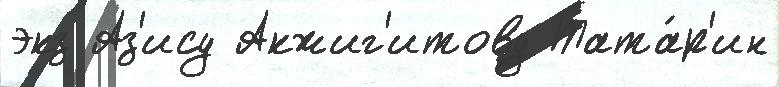
экз Аз'ису Акжиг'итову Тата́р'ин